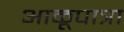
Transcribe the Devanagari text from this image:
आळूपात्रा